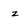
Character: z